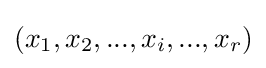
(x_{1},x_{2},...,x_{i},...,x_{r})